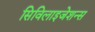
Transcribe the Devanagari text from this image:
सिविलाइजेशन्स